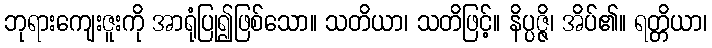
ဘုရားကျေးဇူးကို အာရုံပြု၍ဖြစ်သော။ သတိယာ၊ သတိဖြင့်။ နိပ္ပဇ္ဇိ၊ အိပ်၏။ ရတ္တိယာ၊